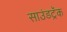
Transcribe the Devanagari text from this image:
साउंडट्रॅक